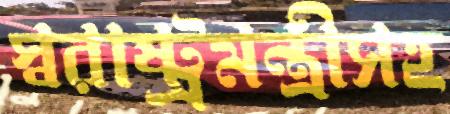
স্বরাষ্ট্রমন্ত্রীসহ